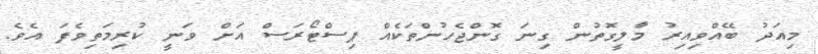
މިއަދު ބޭއްވިއިރު މާލީގޮތުން ގިނަ ގޮންޖެހުންތަކެއް ޕިސްޓޯރަސް އަށް ވަނީ ކުރިމަތިވެފަ އެވެ.